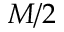
M / 2